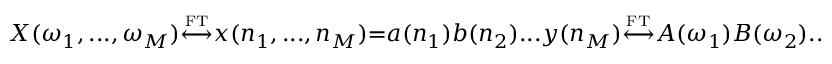
X ( \omega _ { 1 } , . . . , \omega _ { M } ) { \overset { \underset { \mathrm { F T } } { } } { \longleftrightarrow } } x ( n _ { 1 } , . . . , n _ { M } ) { = } a ( n _ { 1 } ) b ( n _ { 2 } ) . . . y ( n _ { M } ) { \overset { \underset { \mathrm { F T } } { } } { \longleftrightarrow } } A ( \omega _ { 1 } ) B ( \omega _ { 2 } ) . . . Y ( \omega _ { M } )